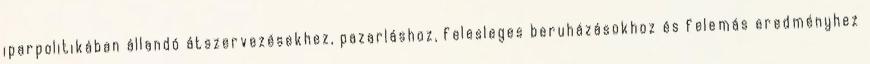
iparpolitikában állandó átszervezésekhez, pazarláshoz, felesleges beruházásokhoz és felemás eredményhez